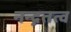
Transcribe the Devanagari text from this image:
नन्द्नतत्व